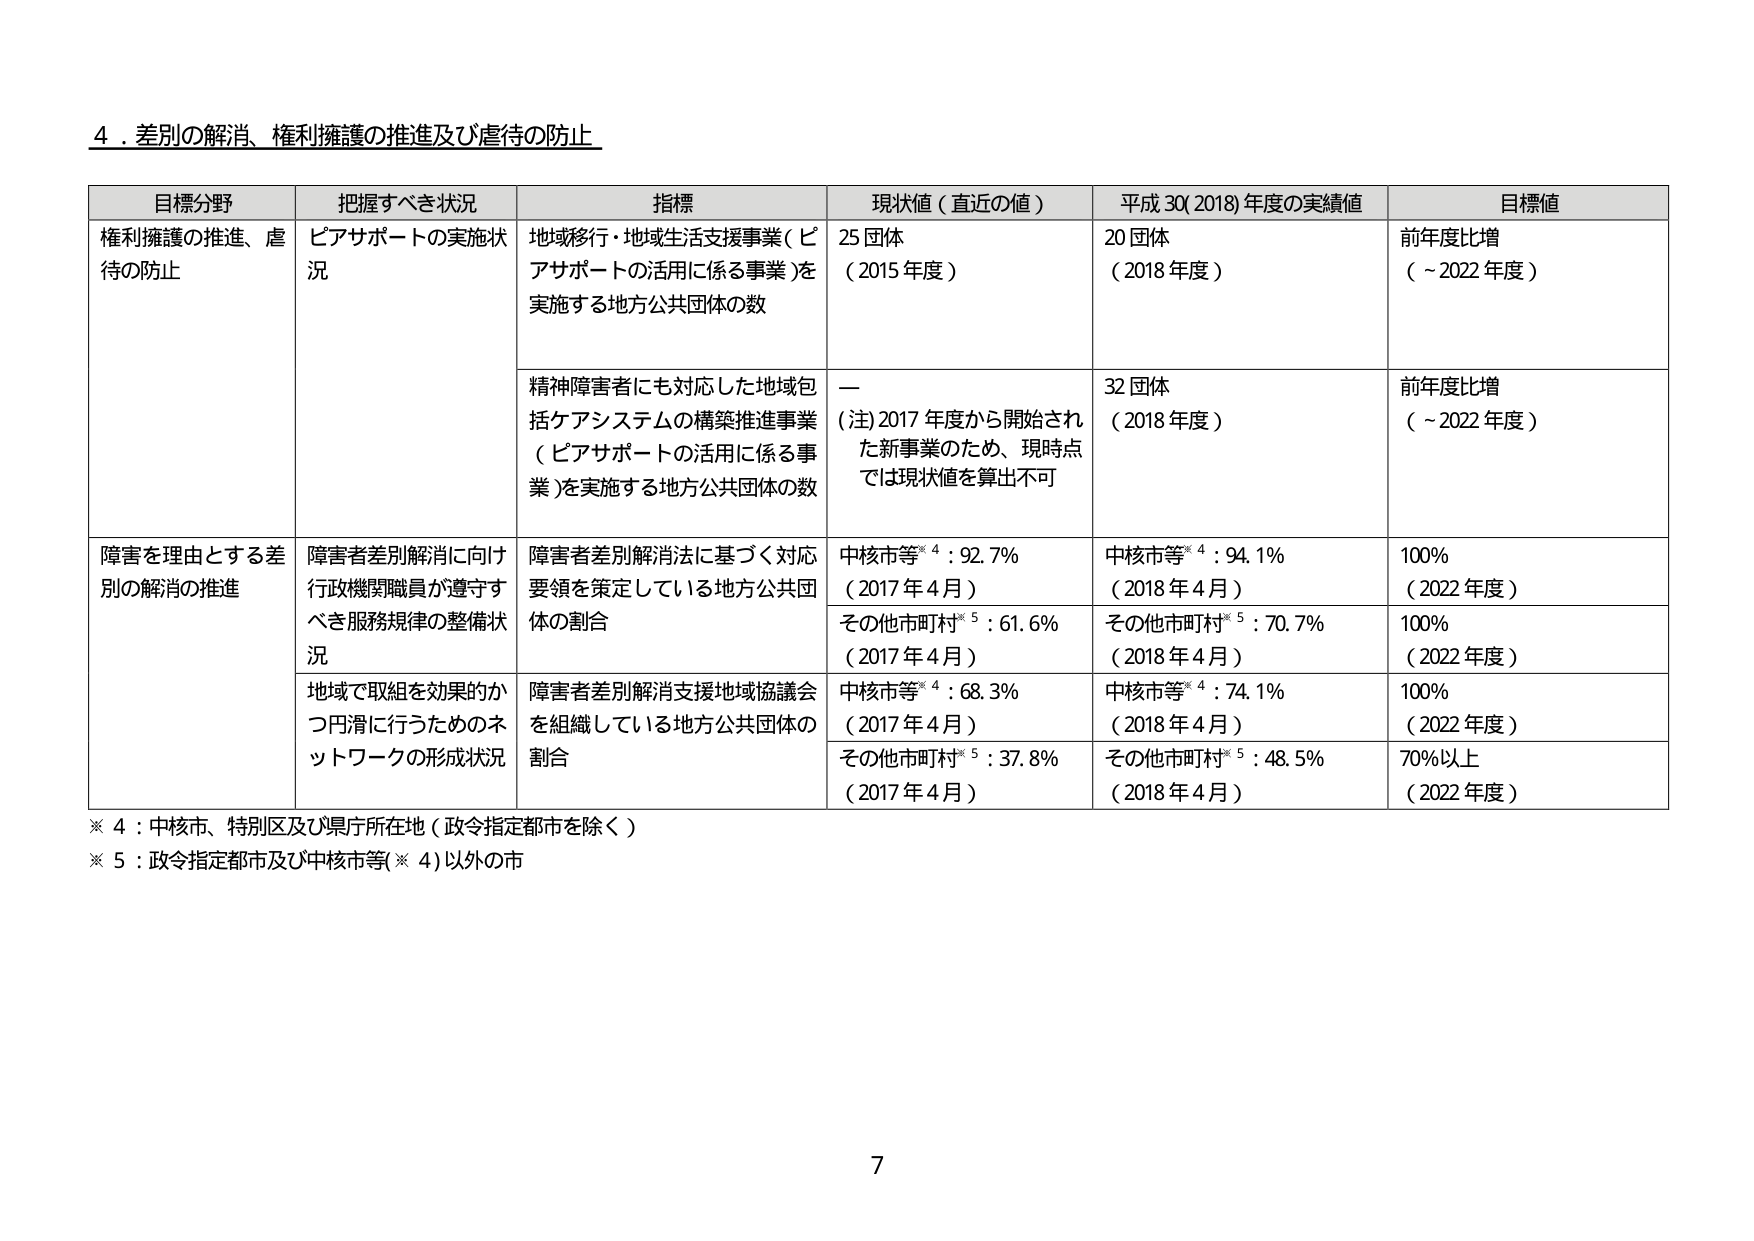
4．差別の解消、権利擁護の推進及び虐待の防止

目標分野	把握すべき状況	指標	現状値（直近の値）	平成30(2018)年度の実績値	目標値
権利擁護の推進、虐待の防止	ピアサポートの実施状況	地域移行・地域生活支援事業（ピアサポートの活用に係る事業）を実施する地方公共団体の数	25団体（2015年度）	20団体（2018年度）	前年度比増（～2022年度）
		精神障害者にも対応した地域包括ケアシステムの構築推進事業（ピアサポートの活用に係る事業）を実施する地方公共団体の数	ー（注）2017年度から開始された新事業のため、現時点では現状値を算出不可	32団体（2018年度）	前年度比増（～2022年度）
障害を理由とする差別の解消の推進	障害者差別解消に向け行政機関職員が遵守すべき服務規律の整備状況	障害者差別解消法に基づく対応要領を策定している地方公共団体の割合	中核市等※4：92.7%（2017年4月）	中核市等※4：94.1%（2018年4月）	100%（2022年度）
		その他市町村※5：61.6%（2017年4月）	その他市町村※5：70.7%（2018年4月）	100%（2022年度）
		地域で取組を効果的かつ円滑に行うためのネットワークの形成状況	障害者差別解消支援地域協議会を組織している地方公共団体の割合	中核市等※4：68.3%（2017年4月）	中核市等※4：74.1%（2018年4月）	100%（2022年度）
		その他市町村※5：37.8%（2017年4月）	その他市町村※5：48.5%（2018年4月）	70%以上（2022年度）

※4：中核市、特別区及び県庁所在地（政令指定都市を除く）
※5：政令指定都市及び中核市等（※4）以外の市

7